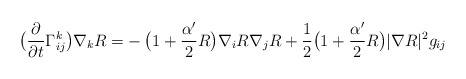
\begin{align*}\big(\frac{\partial}{\partial t}\Gamma^k_{ij}\big)\nabla_kR=&-\big(1+\frac{\alpha'}{2}R\big)\nabla_iR\nabla_jR+\frac{1}{2}\big(1+\frac{\alpha'}{2}R\big)|\nabla R|^2g_{ij}\end{align*}